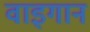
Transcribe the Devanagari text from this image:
वाइगान